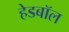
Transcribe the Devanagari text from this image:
हेडबॉल